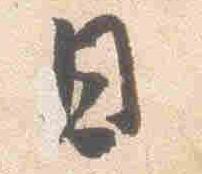
日